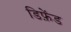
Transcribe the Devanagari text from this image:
डिफ़ेंड